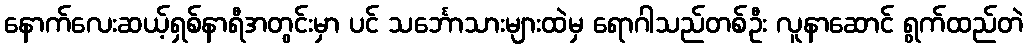
နောက်လေးဆယ့်ရှစ်နာရီအတွင်းမှာ ပင် သင်္ဘောသားများထဲမှ ရောဂါသည်တစ်ဦး လူနာဆောင် ရွက်ထည်တဲ